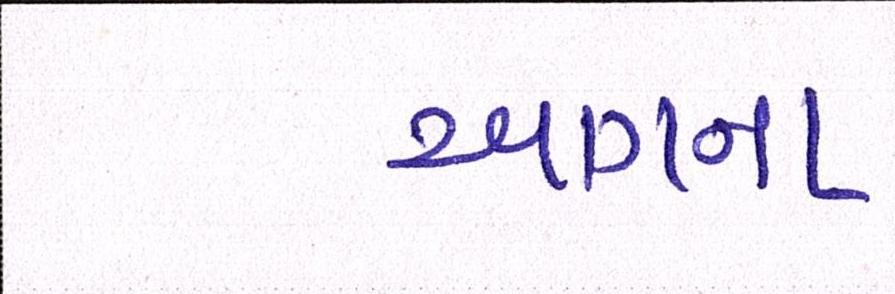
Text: આગના